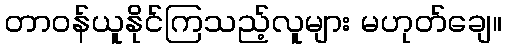
တာဝန်ယူနိုင်ကြသည့်လူများ မဟုတ်ချေ။